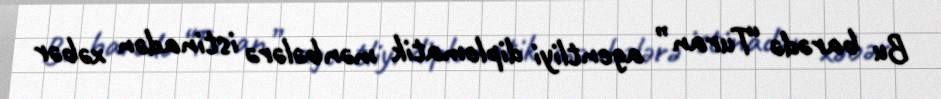
Bu barədə “Turan” agentliyi diplomatik mənbələrə istinadən xəbər